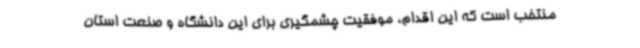
منتخب است که این اقدام، موفقیت چشمگیری برای این دانشگاه و صنعت استان